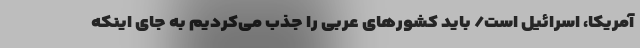
آمریکا، اسرائیل است/ باید کشور‌های عربی را جذب می‌کردیم به جای اینکه